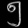
Digit: ၅